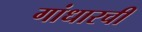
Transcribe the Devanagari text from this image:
गांधारची